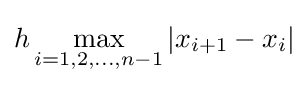
h\max _{i=1,2,\dots ,n-1}|x_{i+1}-x_{i}|